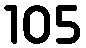
105